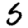
Digit: 5